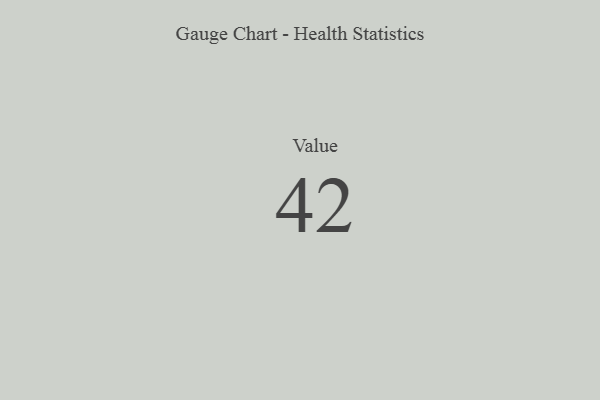
{"axis": {"x": "Metric", "y": "Value"}, "legend": [""], "data": [{"x": "Value", "y": 42, "type": ""}]}